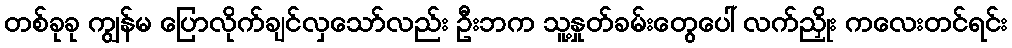
တစ်ခုခု ကျွန်မ ပြောလိုက်ချင်လှသော်လည်း ဦးဘက သူ့နှုတ်ခမ်းတွေပေါ် လက်ညှိုး ကလေးတင်ရင်း